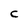
Character: C